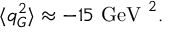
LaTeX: \langle q _ { G } ^ { 2 } \rangle \approx - 1 5 \mathrm { \ G e V \ } ^ { 2 } .